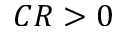
C R > 0